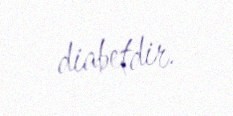
diabetdir.